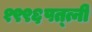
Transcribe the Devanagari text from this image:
१९९६पत्त्नी